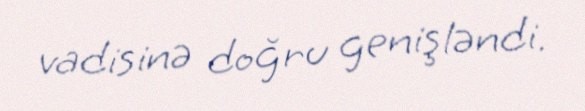
vadisinə doğru genişləndi.